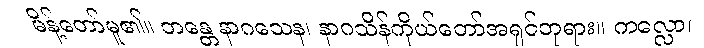
မိန့်တော်မူ၏။ ဘန္တေ နာဂသေန၊ နာဂသိန်ကိုယ်တော်အရှင်ဘုရား။ ကလ္လော၊